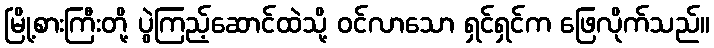
မြို့စားကြီးတို့ ပွဲကြည့်ဆောင်ထဲသို့ ဝင်လာသော ရှင်ရှင်က ဖြေလိုက်သည်။